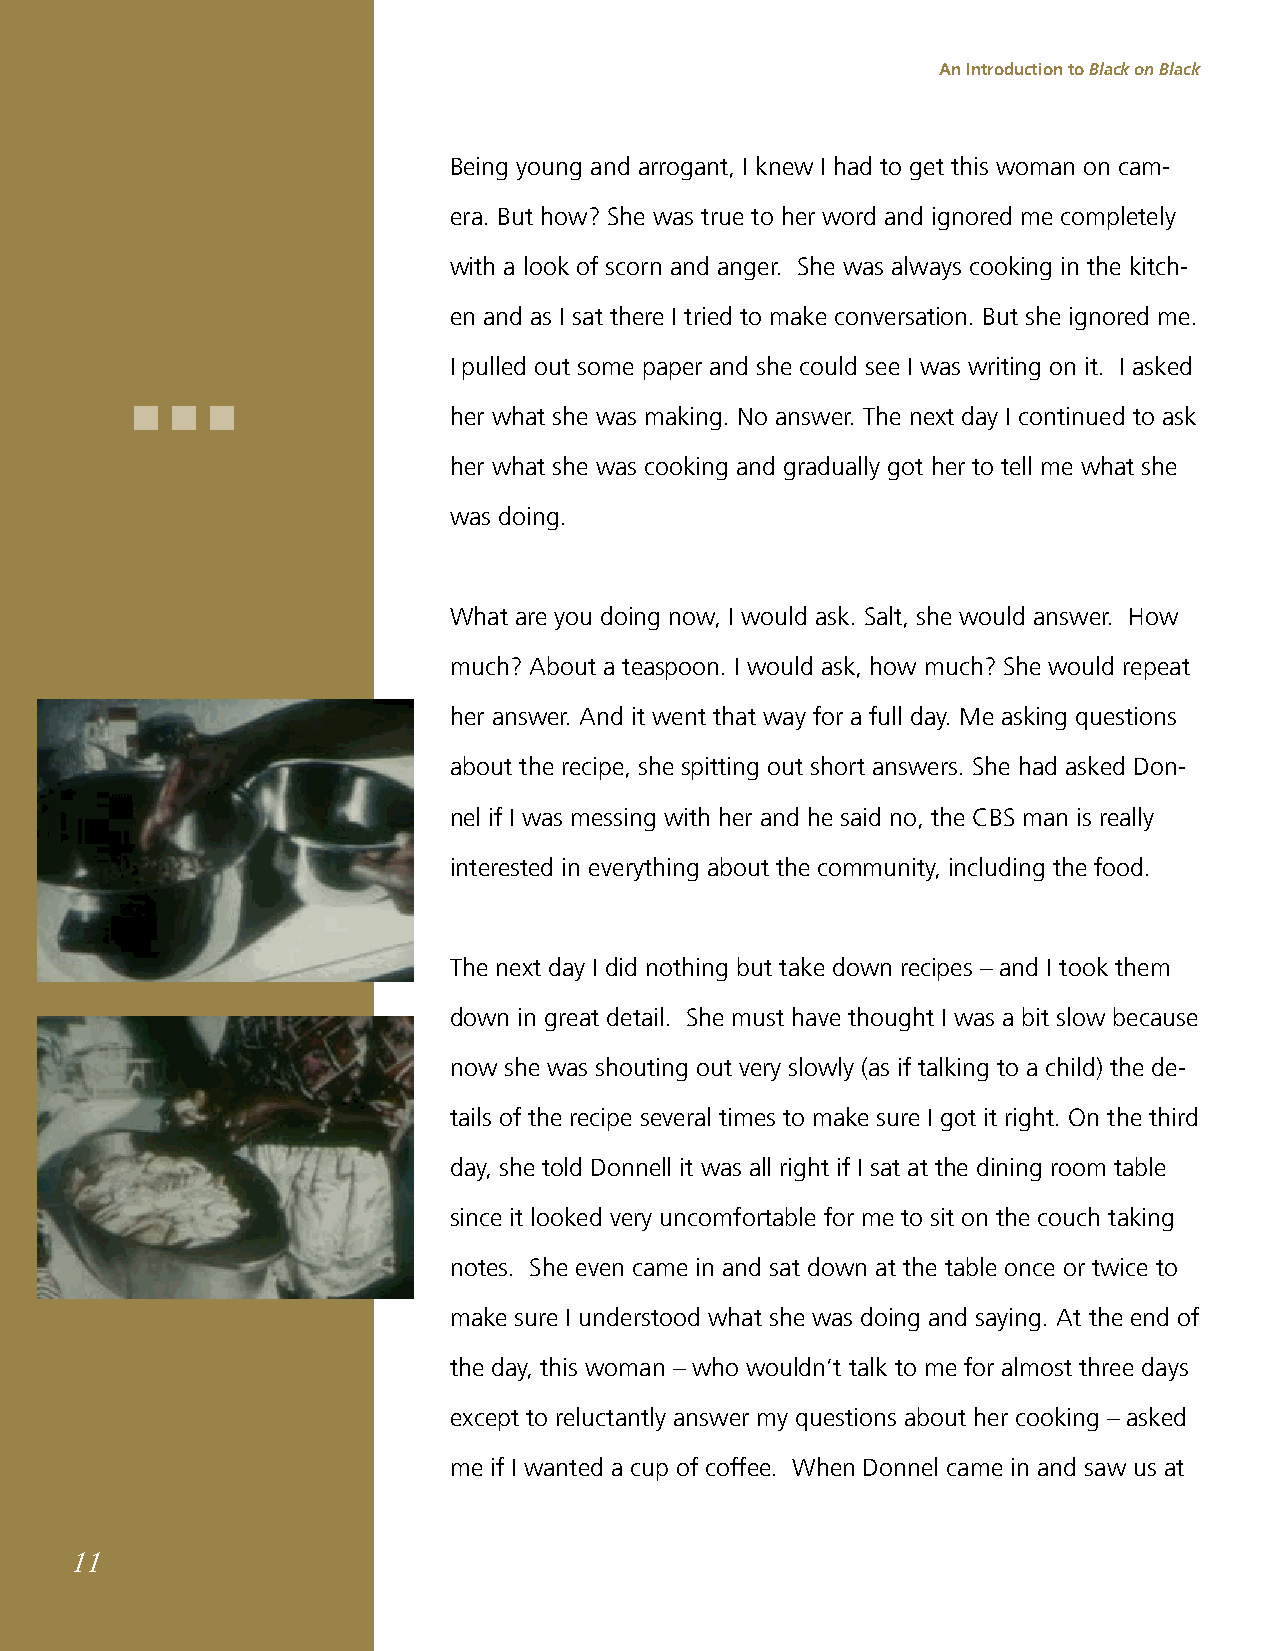
An Introduction to Black on Black
 Being young and arrogant, I knew I had to get this woman on cam-
 era. But how? She was true to her word and ignored me completely
 with a look of scorn and anger. She was always cooking in the kitch-
 en and as I sat there I tried to make conversation. But she ignored me.
 I pulled out some paper and she could see I was writing on it. I asked
 her what she was making. No answer. The next day I continued to ask
 her what she was cooking and gradually got her to tell me what she
 was doing.
 What are you doing now, I would ask. Salt, she would answer. How
 much? About a teaspoon. I would ask, how much? She would repeat
 her answer. And it went that way for a full day. Me asking questions
 about the recipe, she spitting out short answers. She had asked Don-
 nel if I was messing with her and he said no, the CBS man is really
 interested in everything about the community, including the food.
 The next day I did nothing but take down recipes – and I took them
 down in great detail. She must have thought I was a bit slow because
 now she was shouting out very slowly (as if talking to a child) the de-
 tails of the recipe several times to make sure I got it right. On the third
 day, she told Donnell it was all right if I sat at the dining room table
 since it looked very uncomfortable for me to sit on the couch taking
 notes. She even came in and sat down at the table once or twice to
 make sure I understood what she was doing and saying. At the end of
 the day, this woman – who wouldn’t talk to me for almost three days
 except to reluctantly answer my questions about her cooking – asked
 me if I wanted a cup of coffee. When Donnel came in and saw us at
 11